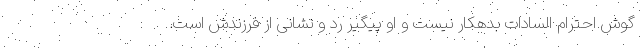
گوش احترام السادات بدهکار نیست و او پیگیر رد و نشانی از فرزندش است.